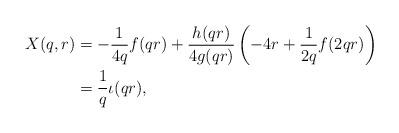
LaTeX: \begin{align*}X(q,r) &= -\frac{1}{4q}f(qr) + \frac{h(qr)}{4g(qr)}\left(-4r + \frac{1}{2q}f(2qr)\right)\\&= \frac{1}{q}\iota(qr),\end{align*}